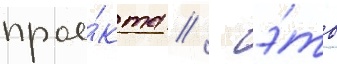
прое́кта // - э́то